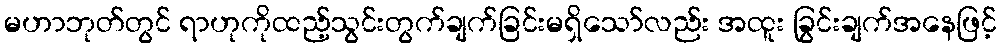
မဟာဘုတ်တွင် ရာဟုကိုထည့်သွင်းတွက်ချက်ခြင်းမရှိသော်လည်း အထူး ခြွင်းချက်အနေဖြင့်